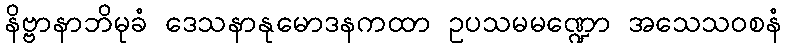
နိဗ္ဗာနာဘိမုခံ ဒေသနာနုမောဒနကထာ ဥပသမမဏ္ဍော အသေသဝစနံ